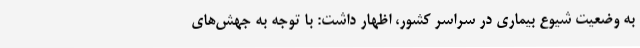
به وضعیت شیوع بیماری در سراسر کشور، اظهار داشت: با توجه به جهش‌های